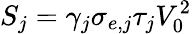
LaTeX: S_{j}=\gamma_{j}\sigma_{e,j}\tau_{j}V_{0}^{2}